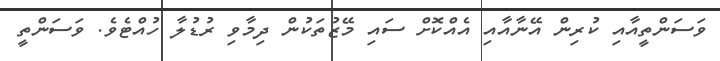
ވަސަންތީއާއި ކުރިން އޭނާއާއި އެއްކޮށް ސައި މޭޒުތަކުން ދިމާވި ރުޑުލާ ހުއްޓެވެ. ވަސަންތީ